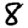
Digit: 8